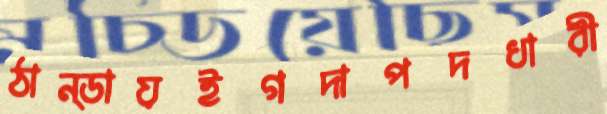
ঠান্ডায়ইগদাপদধারী